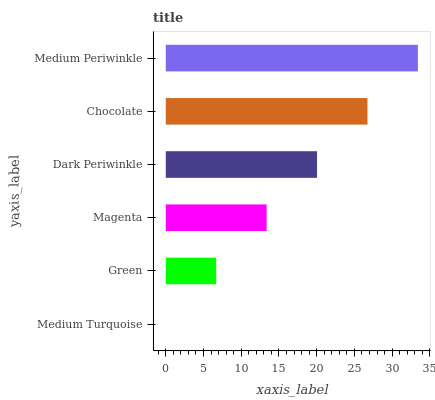
| yaxis_label | bars |
 | --- | --- |
 | Medium Turquoise | 0 |
 | Green | 6.68 |
 | Magenta | 13.4 |
 | Dark Periwinkle | 20 |
 | Chocolate | 26.7 |
 | Medium Periwinkle | 33.4 |